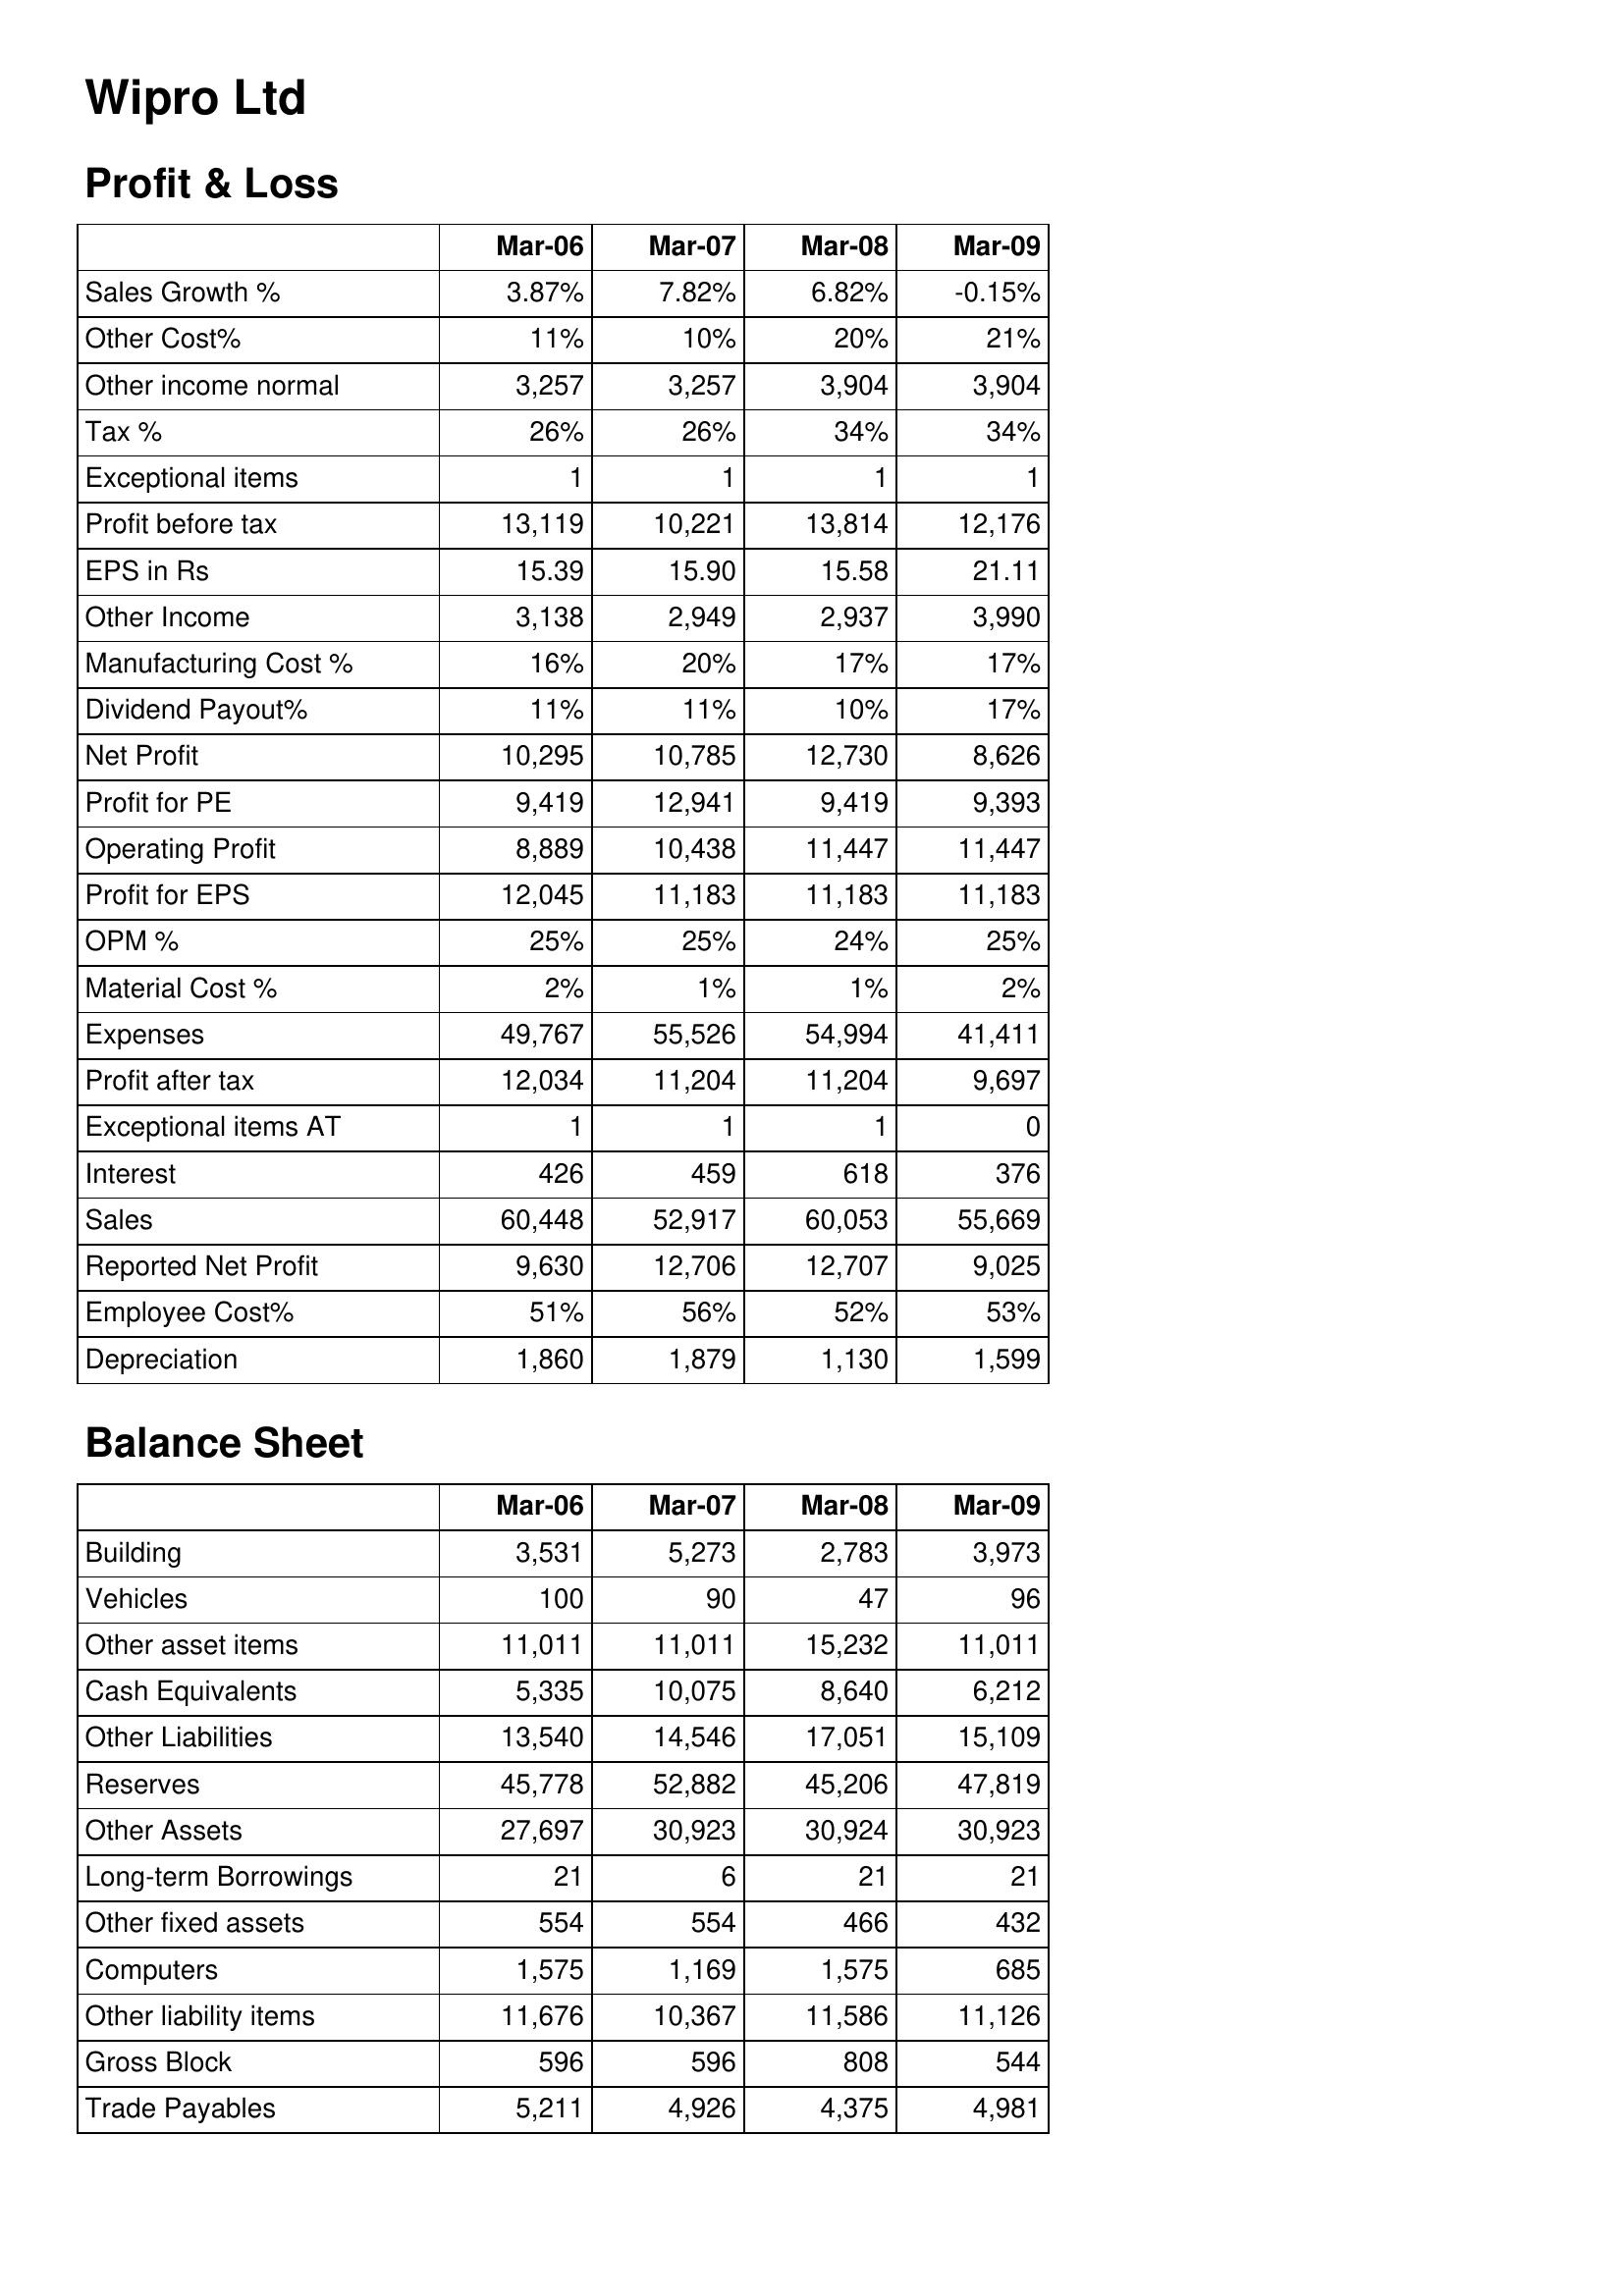
Mar-06: Profit & Loss: Sales Growth %: 3.87%
Other Cost%: 11%
Other income normal: 3,257
Tax %: 26%
Exceptional items: 1
Profit before tax: 13,119
EPS in Rs: 15.39
Other Income: 3,138
Manufacturing Cost %: 16%
Dividend Payout%: 11%
Net Profit: 10,295
Profit for PE: 9,419
Operating Profit: 8,889
Profit for EPS: 12,045
OPM %: 25%
Material Cost %: 2%
Expenses: 49,767
Profit after tax: 12,034
Exceptional items AT: 1
Interest: 426
Sales: 60,448
Reported Net Profit: 9,630
Employee Cost%: 51%
Depreciation: 1,860
Balance Sheet: Building: 3,531
Vehicles: 100
Other asset items: 11,011
Cash Equivalents: 5,335
Other Liabilities: 13,540
Reserves: 45,778
Other Assets: 27,697
Long-term Borrowings: 21
Other fixed assets: 554
Computers: 1,575
Other liability items: 11,676
Gross Block: 596
Trade Payables: 5,211
Mar-07: Profit & Loss: Sales Growth %: 7.82%
Other Cost%: 10%
Other income normal: 3,257
Tax %: 26%
Exceptional items: 1
Profit before tax: 10,221
EPS in Rs: 15.90
Other Income: 2,949
Manufacturing Cost %: 20%
Dividend Payout%: 11%
Net Profit: 10,785
Profit for PE: 12,941
Operating Profit: 10,438
Profit for EPS: 11,183
OPM %: 25%
Material Cost %: 1%
Expenses: 55,526
Profit after tax: 11,204
Exceptional items AT: 1
Interest: 459
Sales: 52,917
Reported Net Profit: 12,706
Employee Cost%: 56%
Depreciation: 1,879
Balance Sheet: Building: 5,273
Vehicles: 90
Other asset items: 11,011
Cash Equivalents: 10,075
Other Liabilities: 14,546
Reserves: 52,882
Other Assets: 30,923
Long-term Borrowings: 6
Other fixed assets: 554
Computers: 1,169
Other liability items: 10,367
Gross Block: 596
Trade Payables: 4,926
Mar-08: Profit & Loss: Sales Growth %: 6.82%
Other Cost%: 20%
Other income normal: 3,904
Tax %: 34%
Exceptional items: 1
Profit before tax: 13,814
EPS in Rs: 15.58
Other Income: 2,937
Manufacturing Cost %: 17%
Dividend Payout%: 10%
Net Profit: 12,730
Profit for PE: 9,419
Operating Profit: 11,447
Profit for EPS: 11,183
OPM %: 24%
Material Cost %: 1%
Expenses: 54,994
Profit after tax: 11,204
Exceptional items AT: 1
Interest: 618
Sales: 60,053
Reported Net Profit: 12,707
Employee Cost%: 52%
Depreciation: 1,130
Balance Sheet: Building: 2,783
Vehicles: 47
Other asset items: 15,232
Cash Equivalents: 8,640
Other Liabilities: 17,051
Reserves: 45,206
Other Assets: 30,924
Long-term Borrowings: 21
Other fixed assets: 466
Computers: 1,575
Other liability items: 11,586
Gross Block: 808
Trade Payables: 4,375
Mar-09: Profit & Loss: Sales Growth %: -0.15%
Other Cost%: 21%
Other income normal: 3,904
Tax %: 34%
Exceptional items: 1
Profit before tax: 12,176
EPS in Rs: 21.11
Other Income: 3,990
Manufacturing Cost %: 17%
Dividend Payout%: 17%
Net Profit: 8,626
Profit for PE: 9,393
Operating Profit: 11,447
Profit for EPS: 11,183
OPM %: 25%
Material Cost %: 2%
Expenses: 41,411
Profit after tax: 9,697
Exceptional items AT: 0
Interest: 376
Sales: 55,669
Reported Net Profit: 9,025
Employee Cost%: 53%
Depreciation: 1,599
Balance Sheet: Building: 3,973
Vehicles: 96
Other asset items: 11,011
Cash Equivalents: 6,212
Other Liabilities: 15,109
Reserves: 47,819
Other Assets: 30,923
Long-term Borrowings: 21
Other fixed assets: 432
Computers: 685
Other liability items: 11,126
Gross Block: 544
Trade Payables: 4,981